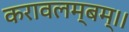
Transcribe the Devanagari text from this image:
करावलम्बम्।।